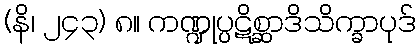
(နိ၊ ၂၄၃) ၈။ ကဏ္ဍုပ္ပဋိစ္ဆာဒိသိက္ခာပုဒ်